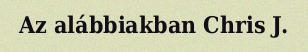
Az alábbiakban Chris J.